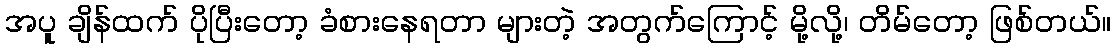
အပူ ချိန်ထက် ပိုပြီးတော့ ခံစားနေရတာ များတဲ့ အတွက်ကြောင့် မို့လို့၊ တိမ်တော့ ဖြစ်တယ်။